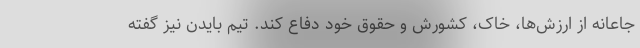
جاعانه از ارزش‌ها، خاک، کشورش و حقوق خود دفاع کند. تیم بایدن نیز گفته